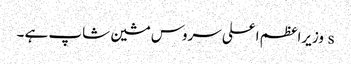
s وزیراعظم اعلی سروس مشین شاپ ہے ۔